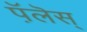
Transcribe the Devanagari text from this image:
प़ॅलॆस्